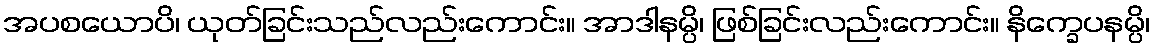
အပစယောပိ၊ ယုတ်ခြင်းသည်လည်းကောင်း။ အာဒါနမ္ပိ၊ ဖြစ်ခြင်းလည်းကောင်း။ နိက္ခေပနမ္ပိ၊